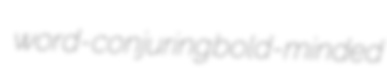
word-conjuring bold-minded